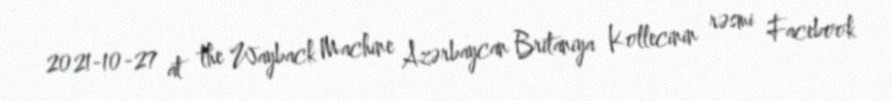
2021-10-27 at the Wayback Machine Azərbaycan Britaniya Kollecinin rəsmi Facebook